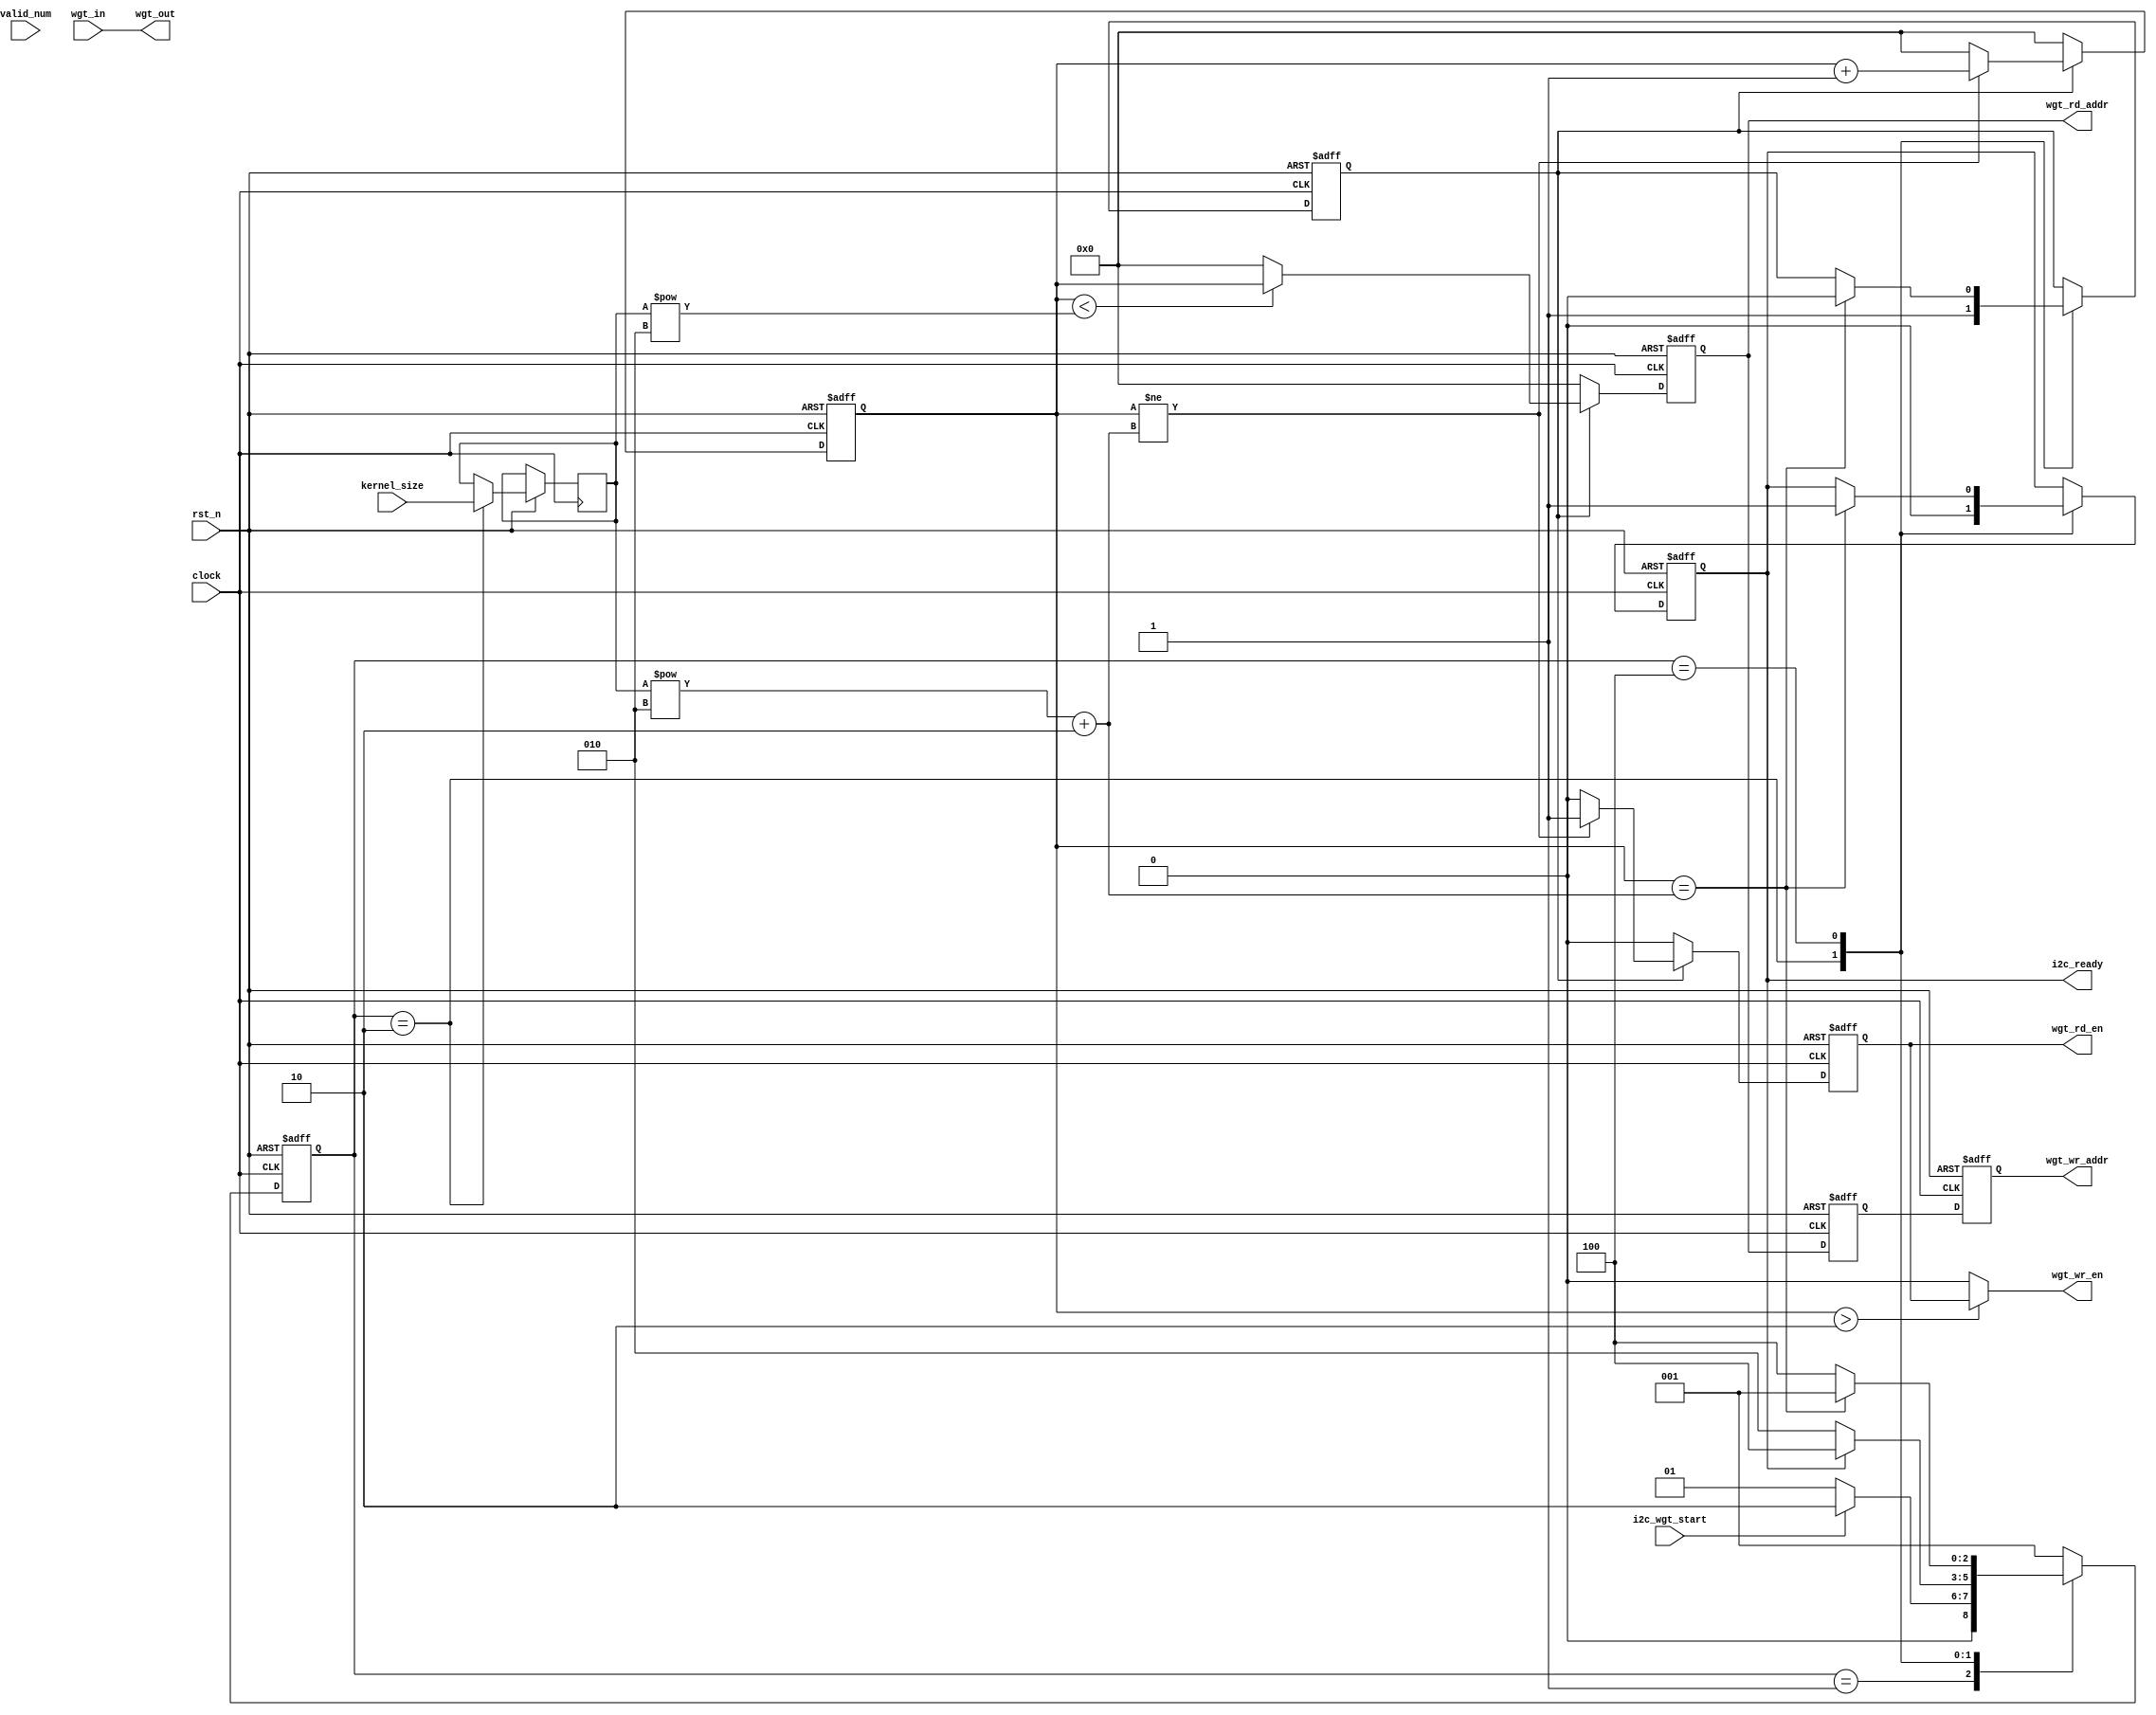
// Created date: 2019/10/19
// Creator: Xie Wenzhao
//
// Description: 
// kernelbram bufferkernel setkernels128bits8
// INT16weights8kernel pixel8pixel8pixel
// ksize?img2col_gokernel
// 

module img2col_weight
#(parameter DATA_WID=16, SIZE=8)
    (
    input                               clock,
    input                               rst_n,
    input                               i2c_wgt_start,      // img2col

    input             [2:0]             kernel_size,        // 1,3,5
    input             [127:0]           wgt_in,             // INT16*8
    input             [3:0]             valid_num,          // 12816
    
    output    reg                       i2c_ready,          // img2colctrl

    output    reg     [4:0]             wgt_rd_addr,        // 816
    output    reg                       wgt_rd_en,          // kernel

    output    reg     [4:0]             wgt_wr_addr,        // kernel
    output    wire                      wgt_wr_en,          // kernel
    output    wire    [127:0]           wgt_out             // INT16*8
);

localparam TRUE  = 1,
           FALSE = 0,
           rd2wr_delay = 2;

localparam IDLE     =  3'b001,      // main state
           START    =  3'b010,
           WAIT     =  3'b100;

reg [2:0] state;
reg [2:0] next_state;

reg [2:0] ksize;                    // kernel size
reg [4:0] kernel_cnt;               // kernel pixel

reg img2col_go;

reg [4:0] wr_addr_delay_reg0;
reg [127:0] wr_data_delay_reg0;

assign wgt_out = wgt_in;
assign num_valid = valid_num;

always@(posedge clock or negedge rst_n) begin       // state
    if(!rst_n) state <= IDLE;
    else state <= next_state;
end

always@(*) begin                                    // next_state
    case(state)
        IDLE: 
            if(i2c_wgt_start==TRUE) next_state = START;
            else next_state = IDLE;
        START: 
            if(i2c_ready == TRUE) next_state = WAIT;
            else next_state = START;
        WAIT: begin
            if(kernel_cnt == ksize**2 + rd2wr_delay) next_state = IDLE;
            else next_state = WAIT;
        end
        default: next_state = IDLE;
    endcase
end

always@(posedge clock or negedge rst_n) begin       // state
    if(!rst_n) begin
        i2c_ready <= TRUE;
        img2col_go <= FALSE;
    end
    else begin
        case(state)
            IDLE:;
            START: begin
                i2c_ready <= FALSE;
                img2col_go <= TRUE;
                ksize <= kernel_size;               // store kernel size
            end
            WAIT: begin
                if(kernel_cnt == ksize**2 + rd2wr_delay) begin
                    img2col_go <= FALSE;
                    i2c_ready <= TRUE;
                end
            end
            default:;
        endcase
    end
end

always@(posedge clock or negedge rst_n) begin       // This block generates the rd signals.
    if(!rst_n) begin
        wgt_rd_addr <= 'b0;
        kernel_cnt <= 'b0;
        wgt_rd_en <= FALSE;
    end
    else begin
        if(img2col_go) begin
            if(kernel_cnt != ksize**2 + rd2wr_delay) begin
                kernel_cnt <= kernel_cnt + 1;
                wgt_rd_en <= TRUE;
            end
            else begin
                wgt_rd_en <= FALSE;
                kernel_cnt <= 'b0;
            end
            
            if(kernel_cnt < ksize**2) wgt_rd_addr <= kernel_cnt;
            else wgt_rd_addr <= 'b0;
        end
        else begin
            wgt_rd_addr <= 'b0;
            kernel_cnt <= 'b0;
            wgt_rd_en <= FALSE;
        end
    end
end

always@(posedge clock or negedge rst_n) begin       // wr address and enable signal generate
    if(!rst_n) begin
        wr_addr_delay_reg0 <= 'b0;
        wgt_wr_addr <= 'b0;
    end
    else begin
        wr_addr_delay_reg0 <= wgt_rd_addr;
        wgt_wr_addr <= wr_addr_delay_reg0;
    end
end
assign wgt_wr_en = (kernel_cnt > rd2wr_delay) ? wgt_rd_en : FALSE;

endmodule